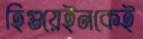
হিগুয়েইনকেই